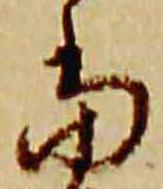
当